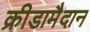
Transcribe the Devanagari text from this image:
क्रीडामैदान